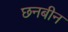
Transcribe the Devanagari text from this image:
छनबीन